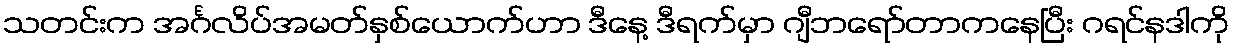
သတင်းက အင်္ဂလိပ်အမတ်နှစ်ယောက်ဟာ ဒီနေ့ ဒီရက်မှာ ဂျီဘရော်တာကနေပြီး ဂရင်နဒါကို